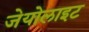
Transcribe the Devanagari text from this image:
जेयोलाइट